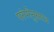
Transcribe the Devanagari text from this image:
परंपरेनुसारच